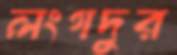
লংগদুর